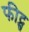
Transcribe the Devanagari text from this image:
फीट्स